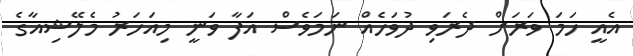
އެއީ ހަމަ ވަރަށް ދެރަވި ދުވަހެއް ނަމަވެސް އަފާ ވަނީ މިއަހަރު މެލޭޝިއާގެ